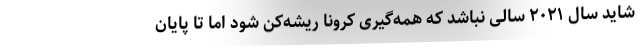
شاید سال ۲۰۲۱ سالی نباشد که همه‌گیری کرونا ریشه‌کن شود اما تا پایان